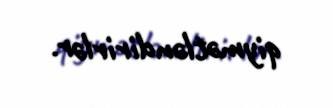
qiymətləndirirlər.